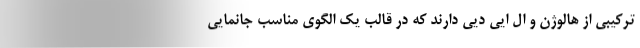
ترکیبی از هالوژن و ال ایی دیی دارند که در قالب یک الگوی مناسب جانمایی